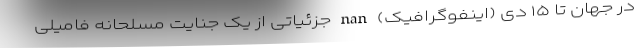
در جهان تا ۱۵ دی (اینفوگرافیک) nan جزئیاتی از یک جنایت مسلحانه فامیلی